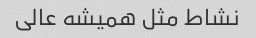
نشاط مثل همیشه عالی